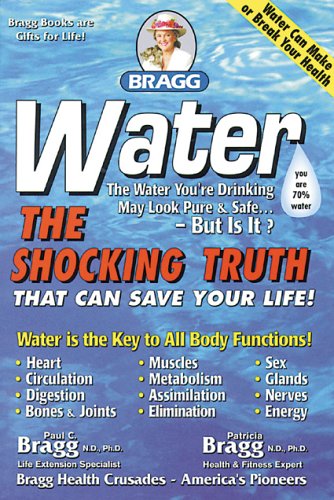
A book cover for Water: The Shocking Truth That can Save Your Life; Patricia Bragg; Health, Fitness & Dieting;